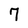
Character: 7